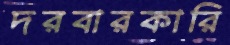
দরবারকারি